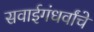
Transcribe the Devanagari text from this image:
सवाईगंधर्वांचे